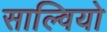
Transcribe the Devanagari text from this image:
साल्वियो